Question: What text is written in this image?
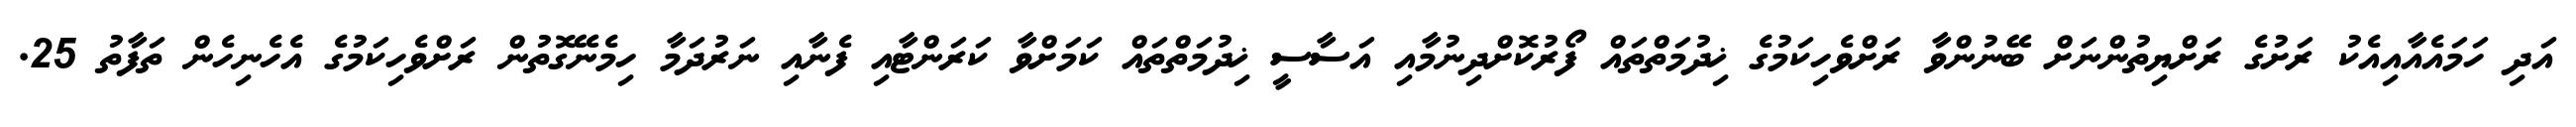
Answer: އަދި ހަމައެއާއިއެކު ރަށުގެ ރަށްޔިތުންނަށް ބޭނުންވާ ރަށްވެހިކަމުގެ ޚިދުމަތްތައް ފޯރުކޮށްދިނުމާއި އަސާސީ ޚިދުމަތްތައް ކަމަށްވާ ކަރަންޓާއި ފެނާއި ނަރުދަމާ ހިމެނޭގޮތުން ރަށްވެހިކަމުގެ އެހެނިހެން ތަފާތު 25.